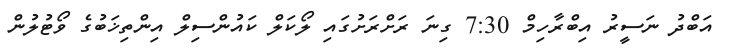
އަބްދު ނަސީރު އިބްރާހިމް 7:30 ގިނަ ރަށްރަށުގައި ލޯކަލް ކައުންސިލް އިންތިޚަބުގެ ވޯޓުލުން